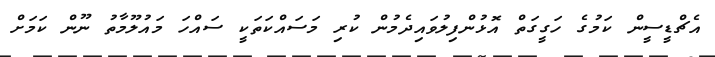
އެޗްޑީސީން ކަމުގެ ހަގީގަތް އޮޅުންފިލުވައިދެމުން ކުރި މަސައްކަތަކީ ސައްހަ މައުލޫމާތު ނޫން ކަމަށް